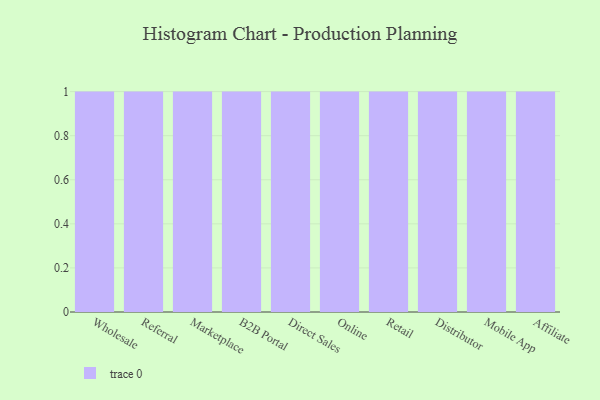
{"axis": {"x": "Channel", "y": "Page Views"}, "legend": [""], "data": [{"x": "Wholesale", "y": 83, "type": ""}, {"x": "Referral", "y": 59, "type": ""}, {"x": "Marketplace", "y": 56, "type": ""}, {"x": "B2B Portal", "y": 68, "type": ""}, {"x": "Direct Sales", "y": 96, "type": ""}, {"x": "Online", "y": 33, "type": ""}, {"x": "Retail", "y": 4, "type": ""}, {"x": "Distributor", "y": 75, "type": ""}, {"x": "Mobile App", "y": 42, "type": ""}, {"x": "Affiliate", "y": 69, "type": ""}]}